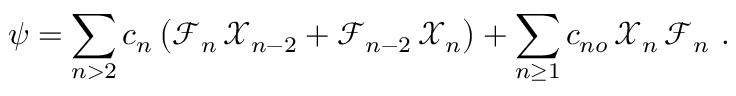
\psi = \sum _ { n > 2 } c _ { n } \, \big ( \mathcal { F } _ { n } \, \mathcal { X } _ { n - 2 } + \mathcal { F } _ { n - 2 } \, \mathcal { X } _ { n } \big ) + \sum _ { n \ge 1 } c _ { n o } \, \mathcal { X } _ { n } \, \mathcal { F } _ { n } \ . \